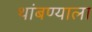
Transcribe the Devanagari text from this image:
थांबण्याला